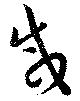
咸